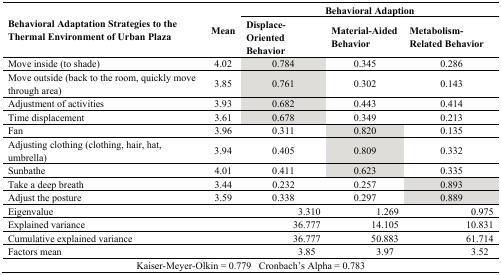
<table><thead><tr><td rowspan="2"><b>Behavioral Adaptation Strategies to the Thermal Environment of Urban Plaza</b></td><td rowspan="2"><b>Mean</b></td><td colspan="3"><b>Behavioral Adaption</b></td></tr><tr><td><b>Displace-Oriented Behavior</b></td><td><b>Material-Aided Behavior</b></td><td><b>Metabolism-Related Behavior</b></td></tr></thead><tbody><tr><td>Move inside (to shade)</td><td>4.02</td><td>0.784</td><td>0.345</td><td>0.286</td></tr><tr><td>Move outside (back to the room, quickly move through area)</td><td>3.85</td><td>0.761</td><td>0.302</td><td>0.143</td></tr><tr><td>Adjustment of activities</td><td>3.93</td><td>0.682</td><td>0.443</td><td>0.414</td></tr><tr><td>Time displacement</td><td>3.61</td><td>0.678</td><td>0.349</td><td>0.213</td></tr><tr><td>Fan</td><td>3.96</td><td>0.311</td><td>0.820</td><td>0.135</td></tr><tr><td>Adjusting clothing (clothing, hair, hat, umbrella)</td><td>3.94</td><td>0.405</td><td>0.809</td><td>0.332</td></tr><tr><td>Sunbathe</td><td>4.01</td><td>0.411</td><td>0.623</td><td>0.335</td></tr><tr><td>Take a deep breath</td><td>3.44</td><td>0.232</td><td>0.257</td><td>0.893</td></tr><tr><td>Adjust the posture</td><td>3.59</td><td>0.338</td><td>0.297</td><td>0.889</td></tr><tr><td>Eigenvalue</td><td></td><td>3.310</td><td>1.269</td><td>0.975</td></tr><tr><td>Explained variance</td><td></td><td>36.777</td><td>14.105</td><td>10.831</td></tr><tr><td>Cumulative explained variance</td><td></td><td>36.777</td><td>50.883</td><td>61.714</td></tr><tr><td>Factors mean</td><td></td><td>3.85</td><td>3.97</td><td>3.52</td></tr><tr><td colspan="5">Kaiser-Meyer-Olkin = 0.779 Cronbach’s Alpha = 0.783</td></tr></tbody></table>